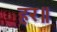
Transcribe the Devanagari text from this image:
हर॥